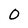
Character: O